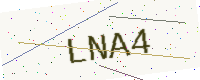
Text: LNA4